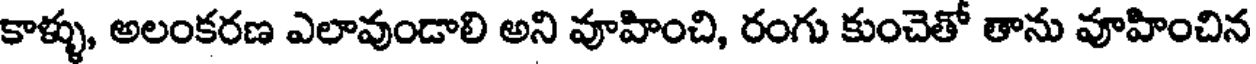
కాళ్ళు, అలంకరణ ఎలావుండాలి అని వూహించి, రంగు కుంచెతో తాను వూహించిన